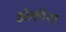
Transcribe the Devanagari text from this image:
ओकॉनर